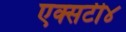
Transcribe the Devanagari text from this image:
एक्सटी४